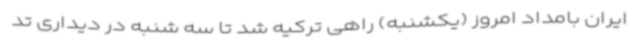
ایران بامداد امروز (یکشنبه) راهی ترکیه شد تا سه شنبه در دیداری تد